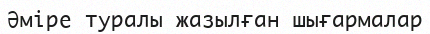
Әміре туралы жазылған шығармалар